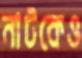
নাটকেও